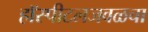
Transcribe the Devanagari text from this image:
हॉस्पीटलजवळचा